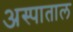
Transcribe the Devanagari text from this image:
अस्पाताल